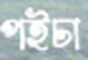
পইচা